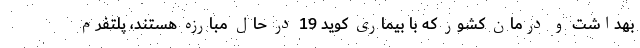
بهداشت و درمان کشور که با بیماری کوید 19 در حال مبارزه هستند، پلتفرم